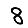
Digit: 8